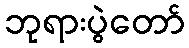
ဘုရားပွဲတော်